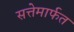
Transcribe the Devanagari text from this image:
सत्तेमार्फत